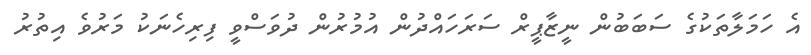
އެ ހަމަލާތަކުގެ ސަބަބުން ނީޒާޕީރް ސަރަހައްދުން އުމުރުން ދުވަސްވީ ފިރިހެނަކު މަރުވެ އިތުރު